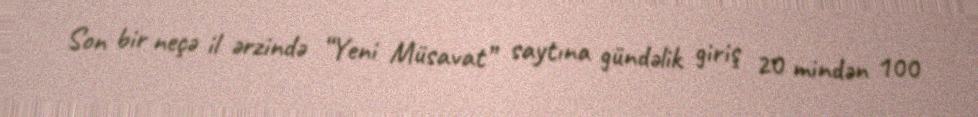
Son bir neçə il ərzində “Yeni Müsavat” saytına gündəlik giriş 20 mindən 100